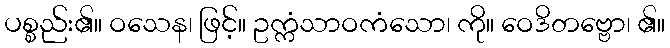
ပစ္စည်း၏။ ဝသေန၊ ဖြင့်။ ဥက္ကံသာဝကံသော၊ ကို။ ဝေဒိတဗ္ဗော၊ ၏။